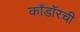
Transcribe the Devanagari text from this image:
काँडॉरची